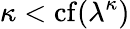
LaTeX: \kappa<\operatorname{cf}(\lambda^{\kappa})